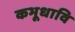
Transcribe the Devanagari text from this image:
कभूधावि